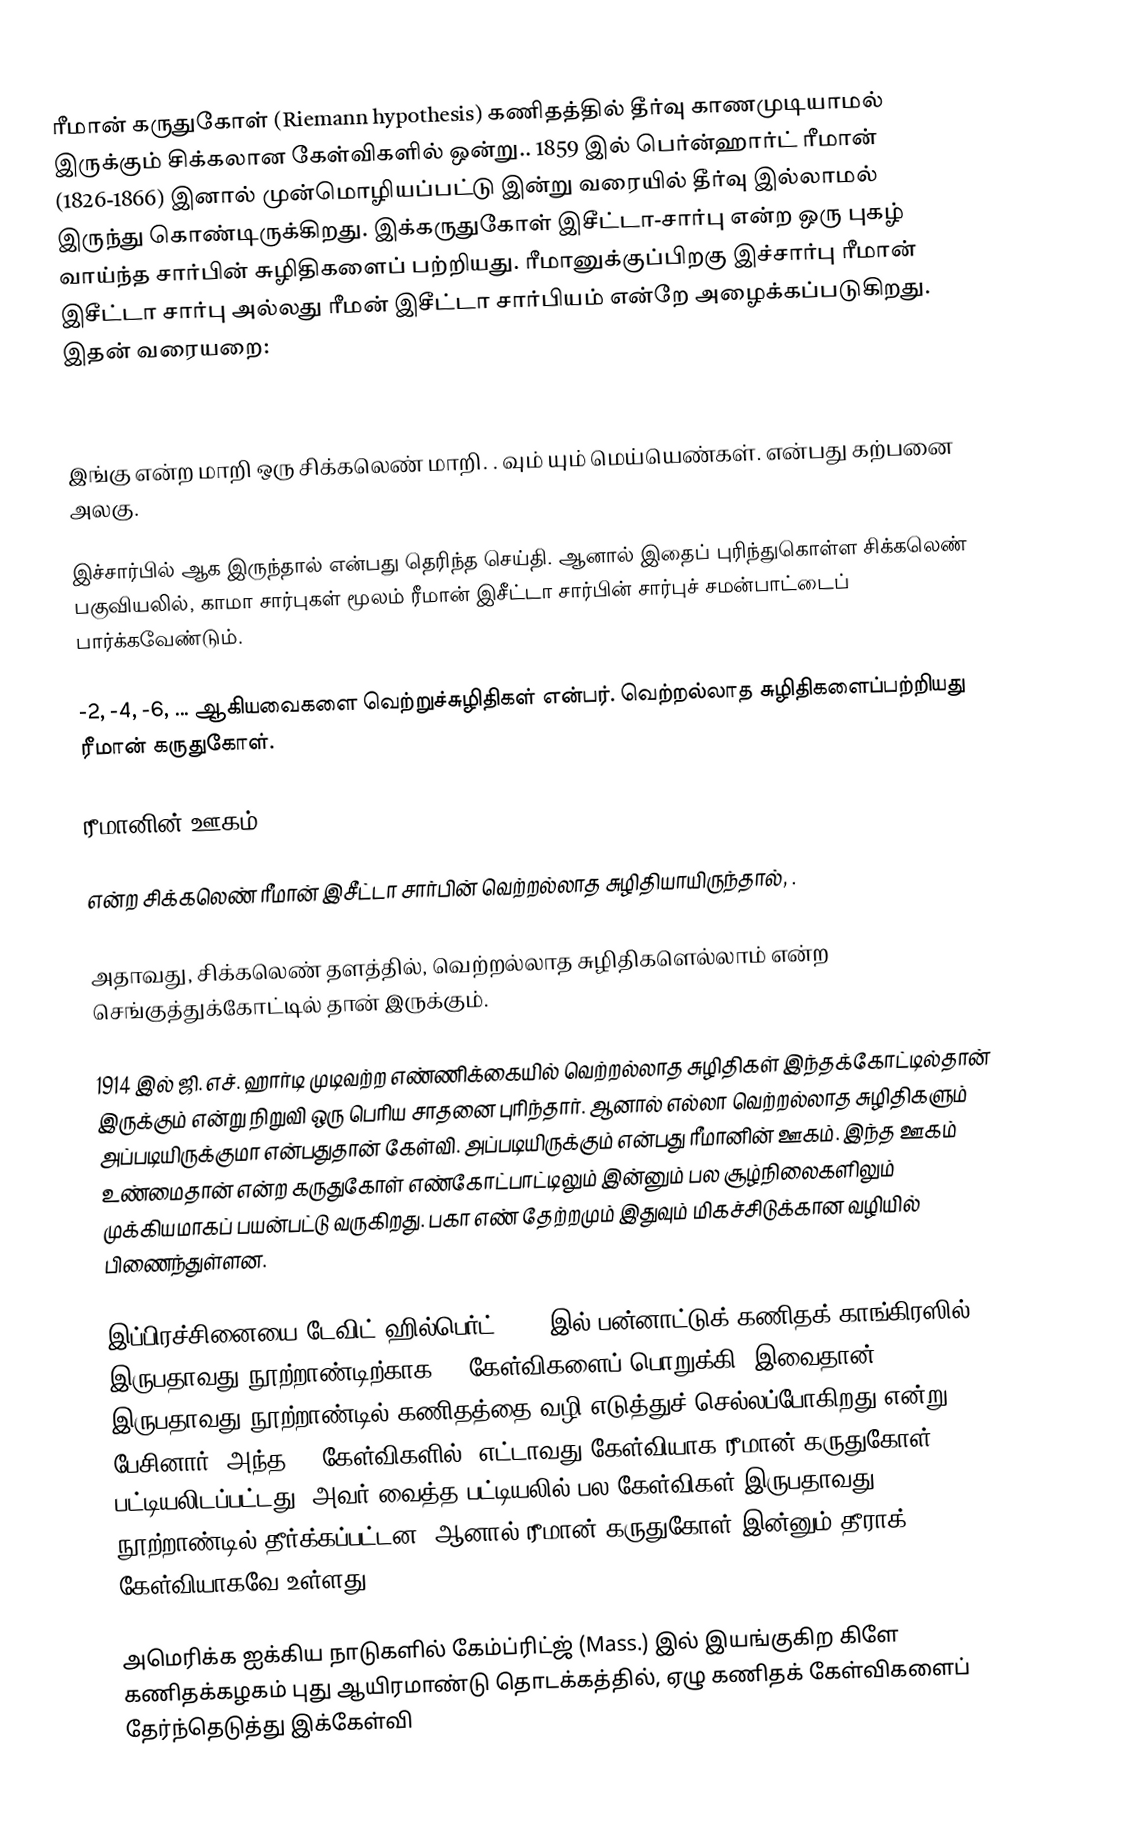
ரீமான் கருதுகோள் (Riemann hypothesis) கணிதத்தில் தீர்வு காணமுடியாமல் இருக்கும் சிக்கலான கேள்விகளில் ஒன்று.. 1859 இல் பெர்ன்ஹார்ட் ரீமான் (1826-1866) இனால் முன்மொழியப்பட்டு இன்று வரையில் தீர்வு இல்லாமல் இருந்து கொண்டிருக்கிறது. இக்கருதுகோள் இசீட்டா-சார்பு என்ற ஒரு புகழ் வாய்ந்த சார்பின் சுழிதிகளைப் பற்றியது. ரீமானுக்குப்பிறகு இச்சார்பு ரீமான் இசீட்டா சார்பு அல்லது ரீமன் இசீட்டா சார்பியம் என்றே அழைக்கப்படுகிறது. இதன் வரையறை:

இங்கு    என்ற மாறி ஒரு சிக்கலெண் மாறி.   .   வும்  யும் மெய்யெண்கள்.   என்பது கற்பனை அலகு.

இச்சார்பில்  ஆக இருந்தால்   என்பது தெரிந்த செய்தி. ஆனால் இதைப் புரிந்துகொள்ள சிக்கலெண் பகுவியலில், காமா சார்புகள் மூலம் ரீமான் இசீட்டா சார்பின் சார்புச் சமன்பாட்டைப் பார்க்கவேண்டும்.

-2, -4, -6, ... ஆகியவைகளை  வெற்றுச்சுழிதிகள் என்பர். வெற்றல்லாத சுழிதிகளைப்பற்றியது ரீமான் கருதுகோள்.

ரீமானின் ஊகம்

 என்ற சிக்கலெண் ரீமான் இசீட்டா சார்பின் வெற்றல்லாத சுழிதியாயிருந்தால், .

அதாவது, சிக்கலெண் தளத்தில், வெற்றல்லாத சுழிதிகளெல்லாம்    என்ற செங்குத்துக்கோட்டில் தான் இருக்கும்.

1914 இல் ஜி. எச். ஹார்டி முடிவற்ற எண்ணிக்கையில் வெற்றல்லாத சுழிதிகள் இந்தக்கோட்டில்தான் இருக்கும் என்று நிறுவி ஒரு பெரிய சாதனை புரிந்தார். ஆனால் எல்லா வெற்றல்லாத சுழிதிகளும் அப்படியிருக்குமா என்பதுதான் கேள்வி. அப்படியிருக்கும் என்பது ரீமானின் ஊகம். இந்த ஊகம் உண்மைதான் என்ற கருதுகோள் எண்கோட்பாட்டிலும் இன்னும் பல சூழ்நிலைகளிலும் முக்கியமாகப் பயன்பட்டு வருகிறது. பகா எண் தேற்றமும் இதுவும் மிகச்சிடுக்கான வழியில் பிணைந்துள்ளன.

இப்பிரச்சினையை டேவிட் ஹில்பெர்ட் 1900 இல் பன்னாட்டுக் கணிதக் காங்கிரஸில் இருபதாவது நூற்றாண்டிற்காக 23 கேள்விகளைப் பொறுக்கி, இவைதான் இருபதாவது நூற்றாண்டில் கணிதத்தை வழி எடுத்துச் செல்லப்போகிறது என்று பேசினார். அந்த 23 கேள்விகளில், எட்டாவது கேள்வியாக ரீமான் கருதுகோள் பட்டியலிடப்பட்டது. அவர் வைத்த பட்டியலில் பல கேள்விகள் இருபதாவது நூற்றாண்டில் தீர்க்கப்பட்டன. ஆனால் ரீமான் கருதுகோள் இன்னும் தீராக் கேள்வியாகவே உள்ளது.

அமெரிக்க ஐக்கிய நாடுகளில் கேம்ப்ரிட்ஜ் (Mass.) இல் இயங்குகிற கிளே கணிதக்கழகம் புது ஆயிரமாண்டு தொடக்கத்தில், ஏழு கணிதக் கேள்விகளைப் தேர்ந்தெடுத்து இக்கேள்வி